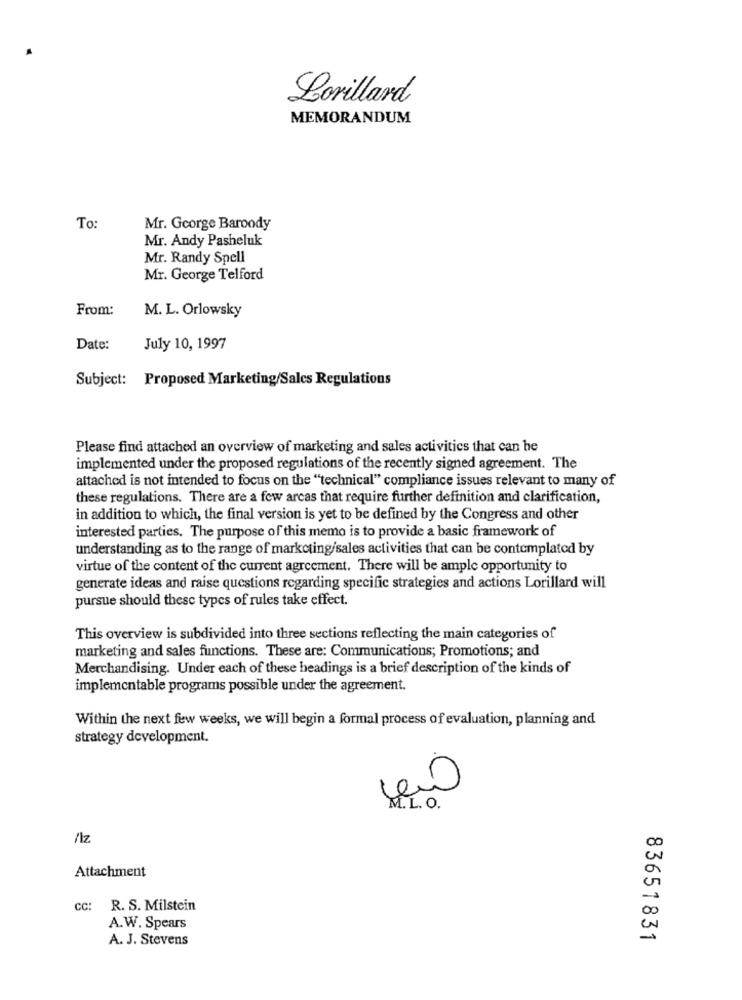
Lorillard
MEMORANDUM
To:
Mr. George Baroody
Mr. Andy Pasheluk
Mr. Randy Spell
Mr. George Telford
From:
M. L. Orlowsky
Date:
July 10, 1997
Subject: Proposed Marketing/Sales Regulations
Please find attached an overview of marketing and sales activities that can be
implemented under the proposed regulations of the recently signed agreement. The
attached is not intended to focus on the "technical" compliance issues relevant to many of
these regulations. There are a few arcas that require further definition and clarification,
in addition to which, the final version is yet to be defined by the Congress and other
interested parties. The purpose of this memo is to provide a basic framework of
understanding as to the range of marketing/sales activities that can be contemplated by
virtue of the content of the current agreement. There will be ample opportunity to
generate ideas and raise questions regarding specific strategies and actions Lorillard will
pursue should these types of rules take effect.
This overview is subdivided into three sections reflecting the main categories of
marketing and sales functions. These are: Communications; Promotions; and
Merchandising. Under each of these headings is a brief description of the kinds of
implementable programs possible under the agreement.
Within the next few weeks, we will begin a formal process of evaluation, planning and
strategy development.
0
M.L. O.
/Iz
Attachment
Cc: R. S. Milstein
00
A.W. Spears
A. J. Stevens
-
83651831